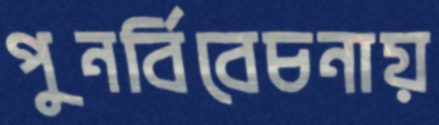
পুনর্বিবেচনায়